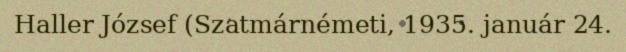
Haller József (Szatmárnémeti, 1935. január 24.